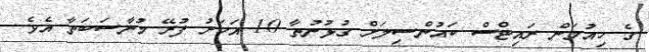
ގެ ހިއުމަން ރައިޓްސް ކައުންސިލަށް ގުޅުނުތާ 10 އަހަރު ފުރޭ މުނާސަބަތާ އެވެ.